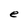
Character: e